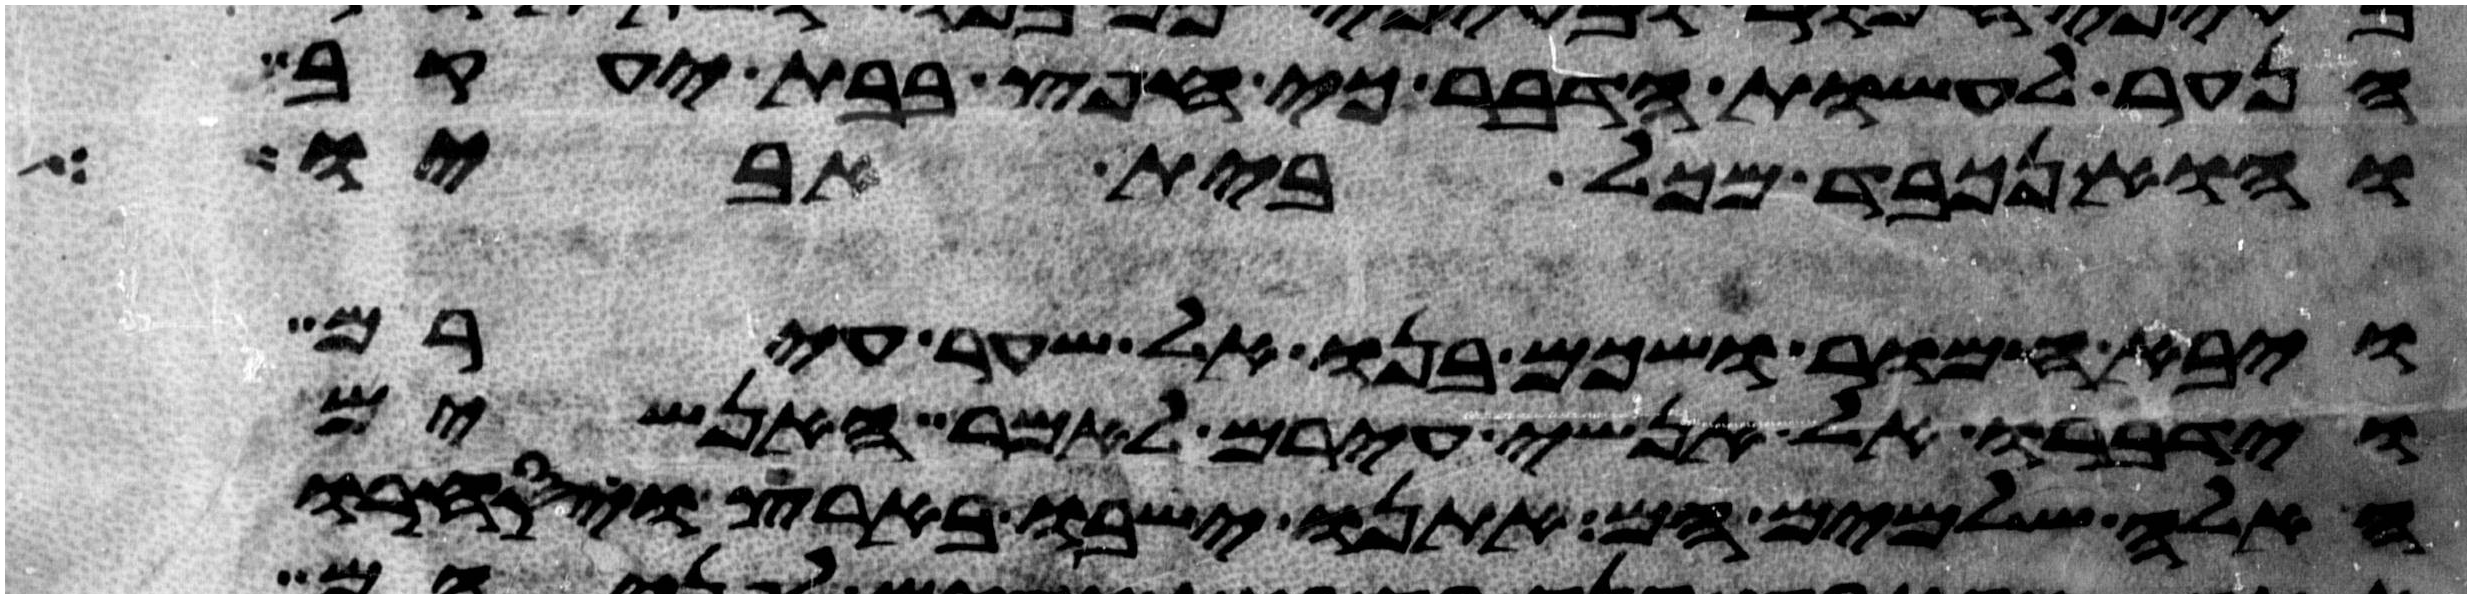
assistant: הנער לעשות הדבר כי חפץ בבת יעקב
והוא נכבד מכל בית אביו
ויבא חמור ושכם בנו אל שער עירם
וידברו אל אנשי עירם לאמר האנשים
האלה שלמים הם אתנו ישבו בארץ ויסחרו